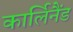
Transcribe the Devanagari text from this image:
कार्लिनैंड